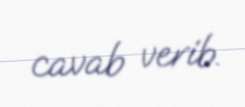
cavab verib.